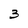
Character: 3